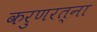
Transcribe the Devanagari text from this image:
करुणरत्ना